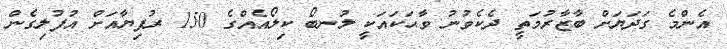
އެންމެ ގަދަޔަށް ބާޒާރުމަތީ ދެކެވުނު ވާޙަކައަކީ ލުނބޯ ކިލޯއެއްގެ 150 ރުފިޔާއަށް އުފުލިގެން